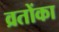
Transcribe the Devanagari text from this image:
व्रतोंका